Medical and sanitary report on the native army of Bombay for the year
Year: 1878
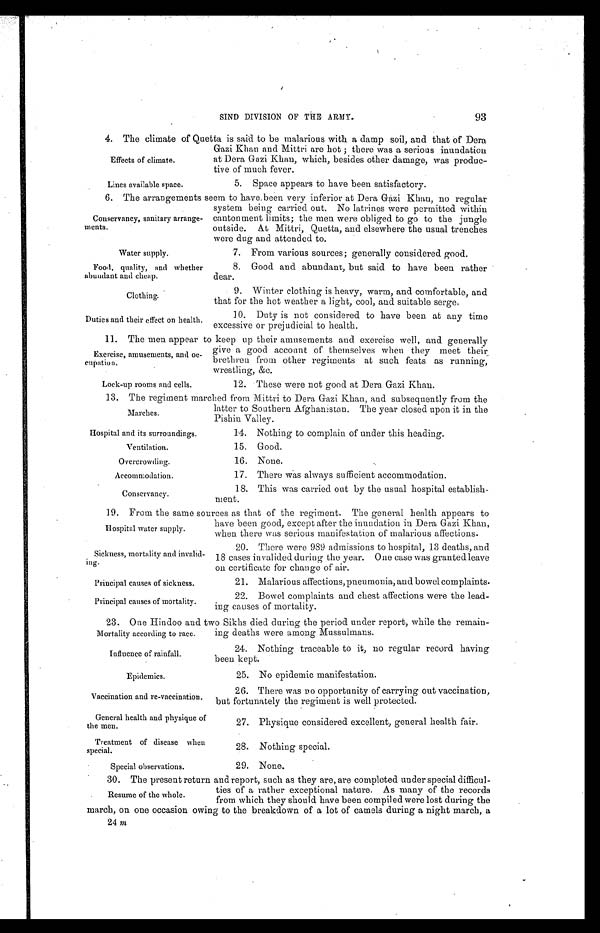
Water supply.
Food, quality, and whether
abundant and cheap.
Clothing.
Duties and their effect on health.
Hospital and its surroundings.
Ventilation.
Overcrowding.
Accommodation.
Conservancy.
Sickness, mortality and invalid
ing.
Principal causes of sickness.
Principal causes of mortality.
Influence of rainfall.
Epidemics.
Vaccination and re-vaccination.
General health and physique of
the men.
Treatment of disease when
special.
Special observations.
SIND DIVISION OF THE ARMY.
93
4. The climate of Quetta is said to be malarious with a damp soil, and that of Dera
Gazi Khan and Mittri are hot; there was a serious inundation
at Dera Gazi Khan, which, besides other damage, was produc
-tive of much fever.
Effects of climate.
Lines available space.
5. Space appears to have been satisfactory.
6. The arrangements seem to have, been very inferior at Dera Gazi Khan, no regular
system being carried out. No latrines were permitted within
cantonment limits; the men were obliged to go to the jungle
outside. At Mittri, Quetta, and elsewhere the usual trenches
were dug and attended to.
Conservancy, sanitary arrange
-ments.
7. From various sources; generally considered good.
8. Good and abundant, but said to have been rather
dear.
9. Winter clothing is heavy, warm, and comfortable, and
that for the hot weather a light, cool, and suitable serge.
10. Duty is not considered to have been at any time
excessive or prejudicial to health.
11. The men appear to keep up their amusements and exercise well, and generally
give a good account of themselves when they meet their
brethren from other regiments at such feats as running,
wrestling, &c.
Exercise, amusements, and oc
-cupation.
Lock-up rooms and cells.
12. These were not good at Dera Gazi Khan.
13. The regiment marched from Mittri to Dera Gazi Khan, and subsequently from the
latter to Southern Afghanistan. The year closed upon it in the
Pishin Valley.
Marches.
14. Nothing to complain of under this heading.
15. Good.
16. None.
17. There was always sufficient accommodation.
18. This was carried out by the usual hospital establish
-ment.
19. From the same sources as that of the regiment. The general health appears to
have been good, except after the inundation in Dera Gazi Khan,
when there was serious manifestation of malarious affections.
Hospital water supply.
20. There were 989 admissions to hospital, 13 deaths, and
18 cases invalided during the year. One case was granted leave
on certificate for change of air.
21. Malarious affections, pneumonia, and bowel complaints.
22. Bowel complaints and chest affections were the lead
-ing causes of mortality.
23. One Hindoo and two Sikhs died during the period under report, while the remain
-ing deaths were among Mussulmans.
Mortality according to race.
24. Nothing traceable to it, no regular record having
been kept.
25. No epidemic manifestation.
26. There was Do opportunity of carrying out vaccination,
but fortunately the regiment is well protected.
27. Physique considered excellent, general health fair.
28. Nothing special.
29. None.
30. The present return and report, such as they are, are completed under special difficul-
ties of a rather exceptional nature. As many of the records
from which they should have been compiled were lost during the
march, on one occasion owing to the breakdown of a lot of camels during a night march, a
24 m
Resume of thewhole.